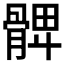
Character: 𩩙